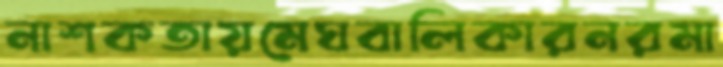
নাশকতায়মেঘবালিকারনরমা